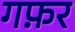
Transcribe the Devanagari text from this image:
गफ़र